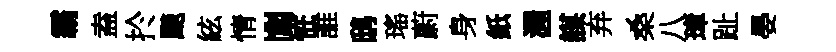
霸盍扵颷絃情閭恠誰鸱瑤蔚身紙渥謀弃桑八璋趾晏